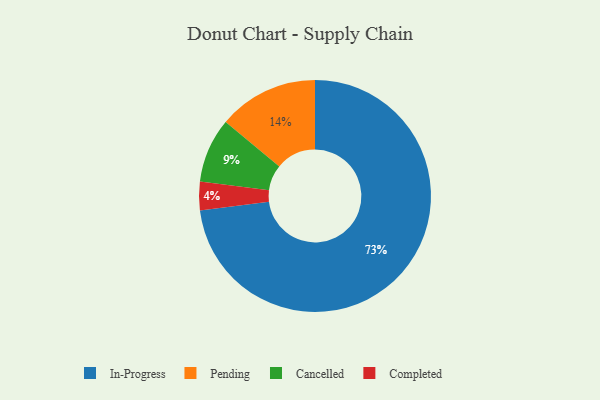
{"axis": {"x": "Category", "y": "Percentage"}, "legend": ["Cancelled", "Completed", "In-Progress", "Pending"], "data": [{"x": "Pending", "y": 14, "type": "Pending"}, {"x": "Completed", "y": 4, "type": "Completed"}, {"x": "Cancelled", "y": 9, "type": "Cancelled"}, {"x": "In-Progress", "y": 73, "type": "In-Progress"}]}